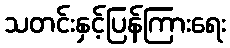
သတင်းနှင့်ပြန်ကြားရေး